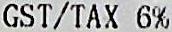
GST/TAX 6%